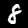
Label: 8